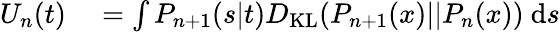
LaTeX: \begin{array}{rl}{U_{n}(t)}&{{}=\int P_{n+1}(s|t)D_{\mathrm{KL}}(P_{n+1}(x)||P_{n}(x))\ \mathrm{d}s}\end{array}